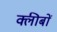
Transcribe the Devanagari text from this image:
क्लीबों